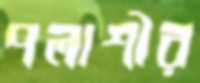
পলাশীর